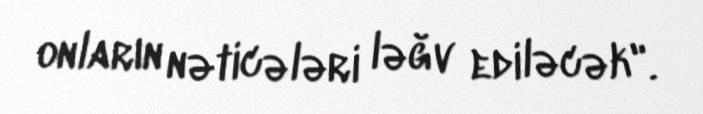
onların nəticələri ləğv ediləcək".